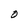
Character: O